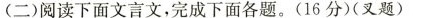
(二)阅读下面文言文，完成下面各题。(16分)(又题)